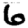
Digit: 6